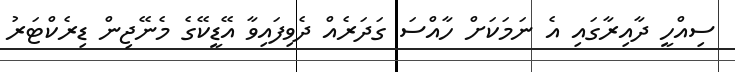
ސިއްހީ ދާއިރާގައި އެ ނަމަކަށް ހާއްސަ ގަދަރެއް ދެވިފައިވާ އޭޑީކޭގެ މެނޭޖިން ޑިރެކްޓަރު